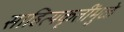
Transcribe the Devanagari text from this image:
साहित्यकृतींमुळे